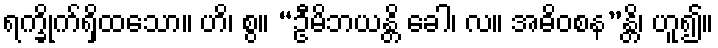
ရက္ခိုက်ရှိထသော။ ဟိ၊ စွ။ “ဦမိဘယန္တိ ခေါ၊ လ။ အဓိဝစန”န္တိ၊ ဟူ၍။